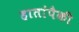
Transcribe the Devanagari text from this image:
हातांपैकी